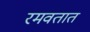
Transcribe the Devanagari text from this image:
रमवतात